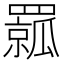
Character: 𦌦